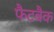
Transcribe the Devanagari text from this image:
फैटबैक